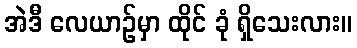
အဲဒီ လေယာဉ်မှာ ထိုင် ခုံ ရှိသေးလား။